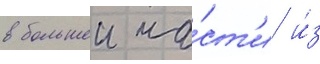
в большеи ча́ст'и и́з